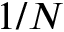
1 / N